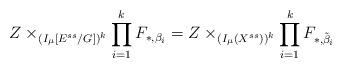
LaTeX: \begin{align*}Z\times_{(I_{\mu}[E^{ss}/G])^k}\prod_{i=1}^{k}F_{*,\beta_i}=Z\times_{(I_{\mu}(X^{ss}))^k}\prod_{i=1}^{k}F_{*,\tilde{\beta}_i}\end{align*}